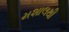
મશાલથી